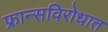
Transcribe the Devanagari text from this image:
फ्रान्सविरोधात